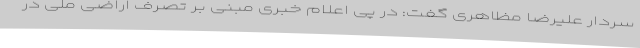
سردار علیرضا مظاهری گفت: در پی اعلام خبری مبنی بر تصرف اراضی ملی در